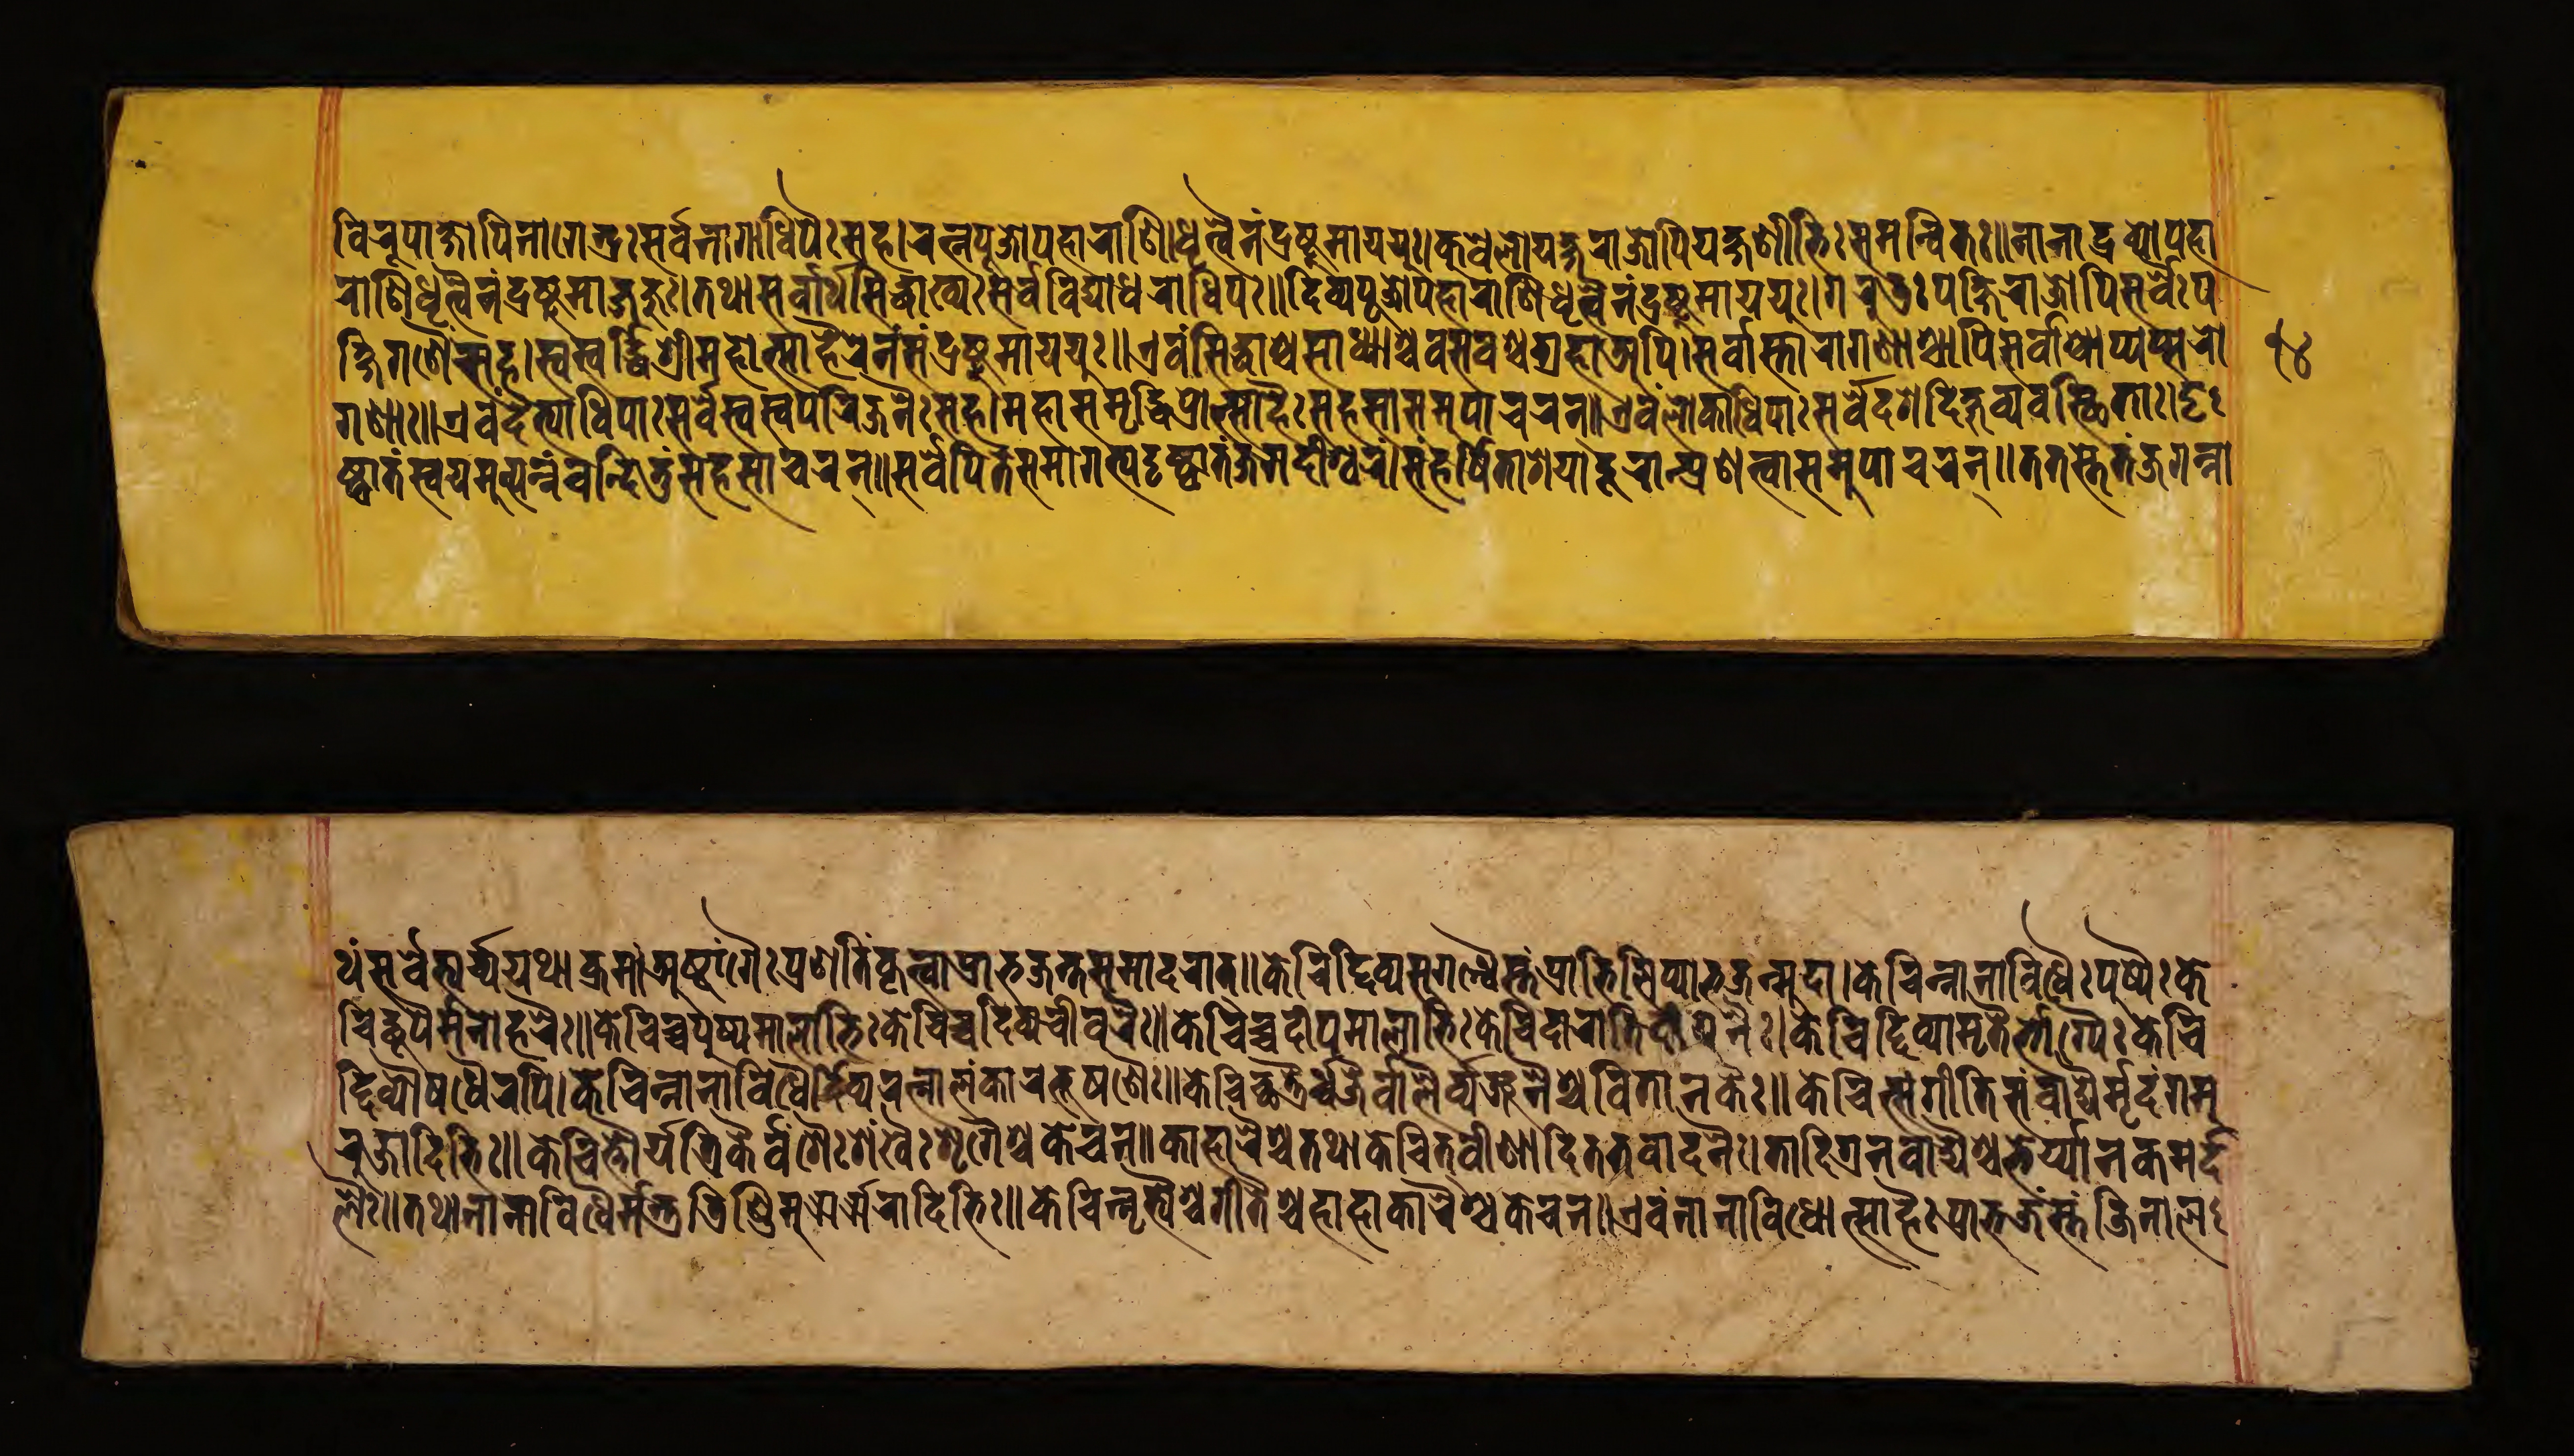
𑐰𑐶𑐬𑐸𑐥𑐵𑐎𑑂𑐲𑑀𑐥𑐶𑐣𑐵𑐐𑐾𑐣𑑂𑐡𑑂𑐬𑐿𑑅𑐳𑐬𑑂𑐰𑐣𑐵𑐐𑐵𑐢𑐶𑐥𑐿𑑅𑐳𑐴।𑐬𑐟𑑂𑐣𑐥𑐹𑐖𑑀𑐥𑐴𑐵𑐬𑐵𑐞𑐶𑐢𑐺𑐟𑑂𑐰𑐿𑐣𑑄𑐡𑑂𑐬𑐲𑑂𑐚𑐸𑐩𑐵𑐫𑐫𑐸𑑅।𑐎𑐸𑐰𑐾𑐮𑑀𑐫𑐎𑑂𑐲𑐬𑐵𑐖𑑀𑑇𑐥𑐶𑐫𑐎𑑂𑐲𑐞𑐷𑐨𑐶𑑅𑐳𑐩𑐣𑑂𑐰𑐶𑐟𑑅॥𑐣𑐵𑐣𑐵𑐡𑑂𑐬𑐰𑑂𑐫𑑀𑐥𑐴𑐵 𑐬𑐵𑐞𑐶𑐢𑐺𑐟𑑂𑐰𑐿𑐣𑑄𑐡𑑂𑐬𑐲𑑂𑐚𑐸𑐩𑐵𑐖𑐖𑐸𑑅।𑐟𑐠𑐵𑐳𑐬𑑂𑐰𑐵𑐬𑑂𑐠𑐳𑐶𑐡𑑂𑐢𑐵𑐏𑑂𑐫𑑅𑐳𑐬𑑂𑐰𑐰𑐶𑐡𑑂𑐫𑐵𑐢𑐬𑐵𑐢𑐶𑐥𑑅॥𑐡𑐶𑐰𑑂𑐫𑐥𑐹𑐖𑑀𑐥𑐴𑐵𑐬𑐵𑐞𑐶𑐢𑐺𑐟𑑂𑐰𑐿𑐣𑑄𑐡𑑂𑐬𑐲𑑂𑐚𑐸𑐩𑐵𑐫𑐫𑐸𑑅।𑐐𑐬𑐸𑐜𑑅𑐥𑐎𑑂𑐲𑐶𑐬𑐵𑐖𑑀𑐥𑐶𑐳𑐬𑑂𑐰𑐿𑑅𑐥 𑐎𑑂𑐲𑐶𑐐𑐞𑐿𑑅𑐳𑐴।𑐳𑑂𑐰𑐳𑑂𑐰𑐬𑑂𑐡𑑂𑐢𑐶𑐱𑑂𑐬𑐷𑐩𑐴𑑀𑐟𑑂𑐳𑐵𑐴𑐿𑐬𑐾𑐣𑑄𑐳𑑄𑐡𑑂𑐬𑐲𑑂𑐚𑐸𑐩𑐵𑐫𑐫𑐸𑑅॥𑐊𑐰𑑄𑐳𑐶𑐡𑑂𑐢𑐵𑐱𑑂𑐔𑐳𑐵𑐢𑑂𑐫𑐵𑐱𑑂𑐔𑐰𑐳𑐰𑐱𑑂𑐔𑐐𑑂𑐬𑐴𑐵𑐀𑐥𑐶।𑐳𑐬𑑂𑐰𑐵𑐳𑑂𑐟𑐵𑐬𑐵𑐐𑐣𑐵𑐱𑑂𑐔𑐵𑐥𑐶𑐳𑐬𑑂𑐰𑐵𑐱𑑂𑐔𑐵𑐥𑑂𑐫𑐥𑑂𑐳𑐬𑑀 𑐐𑐞𑐵𑑅॥𑐊𑐰𑑄𑐡𑐿𑐟𑑂𑐫𑐵𑐢𑐶𑐥𑐵𑑅𑐳𑐬𑑂𑐰𑐾𑐳𑑂𑐰𑐳𑑂𑐰𑐥𑐬𑐶𑐖𑐣𑐿𑑅𑐳𑐴।𑐩𑐴𑐵𑐳𑐩𑐺𑐡𑑂𑐢𑐶𑐥𑑂𑐬𑐵𑐟𑑂𑐳𑐵𑐴𑐿𑑅𑐳𑐴𑐳𑐵𑐳𑐩𑐸𑐥𑐵𑐔𑐬𑐣𑑂॥𑐊𑐰𑑄𑐮𑑀𑐎𑐵𑐢𑐶𑐥𑐵𑑅𑐳𑐬𑑂𑐰𑐾𑐡𑐱𑐡𑐶𑐎𑑂𑐲𑐸𑐰𑑂𑐫𑐰𑐳𑑂𑐠𑐶𑐟𑐵𑑅।𑐡𑐺 𑐲𑑂𑐚𑑂𑐰𑐵𑐟𑑄𑐳𑑂𑐰𑐫𑐩𑑂𑐨𑐹𑐟𑑂𑐥𑐣𑑂𑐣𑑄𑐰𑐣𑑂𑐡𑐶𑐟𑐸𑑄𑐳𑐴𑐳𑐵𑐔𑐬𑐣𑑂॥𑐳𑐬𑑂𑐰𑐾𑑇𑐥𑐶𑐟𑐾𑐳𑐩𑐵𑐐𑐟𑑂𑐫𑐡𑐺𑐲𑑂𑐚𑑂𑐰𑐵𑐟𑑄𑐖𑐐𑐡𑐷𑐱𑑂𑐰𑐬𑑄।𑐳𑑄𑐴𑐬𑑂𑐲𑐶𑐟𑐵𑐱𑐫𑐵𑐡𑐹𑐬𑐵𑐟𑑂𑐥𑑂𑐬𑐞𑐟𑑂𑐰𑐵𑐳𑐩𑐸𑐥𑐵𑐔𑐬𑐣𑑂॥𑐟𑐟𑐳𑑂𑐟𑐾𑐖𑐐𑐣𑑂𑐣𑐵 𑐠𑑄𑐳𑐬𑑂𑐰𑐾𑑇𑐨𑑂𑐫𑐬𑑂𑐔𑑂𑐫𑐫𑐠𑐵𑐎𑑂𑐬𑐩𑑄।𑐀𑐲𑑂𑐚𑐵𑑄𑐐𑐿𑑅𑐥𑑂𑐬𑐞𑐟𑐶𑑄𑐎𑐺𑐟𑑂𑐰𑐵𑐥𑑂𑐬𑐵𑐨𑐖𑐣𑑂𑐟𑐳𑐩𑐵𑐡𑐬𑐵𑐟𑑂॥𑐎𑐾𑐔𑐶𑐡𑑂𑐡𑐰𑑂𑐫𑐳𑐸𑐐𑐣𑑂𑐢𑐿𑐳𑑂𑐟𑑄𑐥𑑂𑐬𑐵𑐨𑐶𑐮𑐶𑐥𑑂𑐫𑐵𑐨𑐖𑐣𑑂𑐩𑐸𑐡𑐵।𑐎𑐾𑐔𑐶𑐣𑑂𑐣𑐵𑐣𑐵𑐰𑐶𑐢𑐿𑑅𑐥𑐸𑐲𑑂𑐥𑐿𑑅𑐎𑐾 𑐔𑐶𑐡𑑂𑐢𑐹𑐥𑐿𑐬𑑂𑐩𑐣𑑀𑐴𑐬𑐿𑑅॥𑐎𑐾𑐔𑐶𑐔𑑂𑐔𑐥𑐸𑐲𑑂𑐥𑐩𑐵𑐮𑐵𑐨𑐶𑑅𑐎𑐾𑐔𑐶𑐔𑑂𑐔𑐡𑐶𑐰𑑂𑐫𑐔𑐷𑐰𑐬𑐿𑑅॥𑐎𑐾𑐔𑐶𑐔𑑂𑐔𑐡𑐷𑐥𑐩𑐵𑐮𑐵𑐨𑐶𑑅𑐎𑐾𑐔𑐶𑐡𑐵𑐬𑐟𑐶𑐡𑐷𑐥𑐣𑐿𑑅।𑐎𑐾𑐔𑐶𑐡𑑂𑐡𑐶𑐰𑑂𑐫𑐵𑐩𑐺𑐟𑐿𑑅𑐨𑑀𑐐𑑂𑐫𑐿𑑅𑐎𑐾𑐔𑐶 𑐡𑑂𑐡𑐶𑐰𑑂𑐫𑑁𑐲𑐢𑐿𑐬𑐥𑐶।𑐎𑐾𑐔𑐶𑐣𑑂𑐣𑐵𑐣𑐵𑐰𑐶𑐢𑐿𑐬𑑂𑐡𑐶𑐰𑑂𑐫𑐬𑐟𑑂𑐣𑐵𑐮𑑄𑐎𑐵𑐬𑐵𑐨𑐹𑐲𑐞𑐿𑑅॥𑐎𑐾𑐔𑐶𑐔𑑂𑐕𑐟𑑂𑐬𑐢𑑂𑐰𑐖𑐿𑐰𑐮𑐶𑐰𑑂𑐫𑐖𑐣𑐿𑐱𑑂𑐔𑐰𑐶𑐟𑐵𑐣𑐎𑐿𑑅॥𑐎𑐾𑐔𑐶𑐟𑑂𑐳𑑄𑐐𑐷𑐟𑐶𑐳𑑄𑐰𑐵𑐡𑑂𑐫𑐿𑐬𑑂𑐩𑐺𑐡𑐒𑑂𑐐𑐩𑐸 𑐬𑐖𑐵𑐡𑐶𑐨𑐶𑑅॥𑐎𑐾𑐔𑐶𑐟𑑂𑐟𑑁𑐬𑑂𑐫𑐟𑑂𑐬𑐶𑐎𑐿𑐰𑑄𑐱𑐿𑑅𑐱𑑄𑐏𑐿𑑅𑐱𑐺𑐐𑐿𑐱𑑂𑐔𑐎𑐾𑐔𑐣।𑐎𑐵𑐴𑐵𑐬𑐿𑐱𑑂𑐔𑐟𑐠𑐵𑐎𑐾𑐔𑐶𑐟𑑂𑐰𑐷𑐞𑐵𑐡𑐷𑐟𑐟𑐰𑐵𑐡𑐣𑐿𑑅।𑐟𑐵𑐮𑐵𑐡𑐶𑐑𑐣𑐰𑐵𑐡𑑂𑐫𑐿𑐱𑑂𑐔𑐨𑐾𑐬𑑂𑐫𑐵𑐣𑐎𑐩𑐬𑑂𑐡 𑐮𑐿𑑅॥𑐟𑐠𑐵𑐣𑐵𑐣𑐵𑐰𑐶𑐢𑐿𑐬𑑂𑐩𑐜𑑂𑐜𑐸𑐬𑑂𑐜𑐶𑐞𑑂𑐜𑐶𑐩𑐗𑐬𑑂𑐗𑐬𑐵𑐡𑐶𑐨𑐶𑑅॥𑐎𑐾𑐔𑐶𑐟𑑂𑐣𑐺𑐟𑑂𑐫𑐿𑐱𑑂𑐔𑐐𑐷𑐟𑐿𑐱𑑂𑐔𑐴𑐵𑐴𑐵𑐎𑐵𑐬𑐿𑐱𑑂𑐔𑐎𑐾𑐔𑐣॥𑐊𑐰𑑄𑐣𑐵𑐣𑐵𑐰𑐶𑐢𑑀𑐟𑑂𑐳𑐵𑐴𑐿𑑅𑐥𑑂𑐬𑐵𑐨𑐖𑐣𑑂𑐳𑑂𑐟𑑄𑐖𑐶𑐣𑐵𑐮 𑑑𑑔